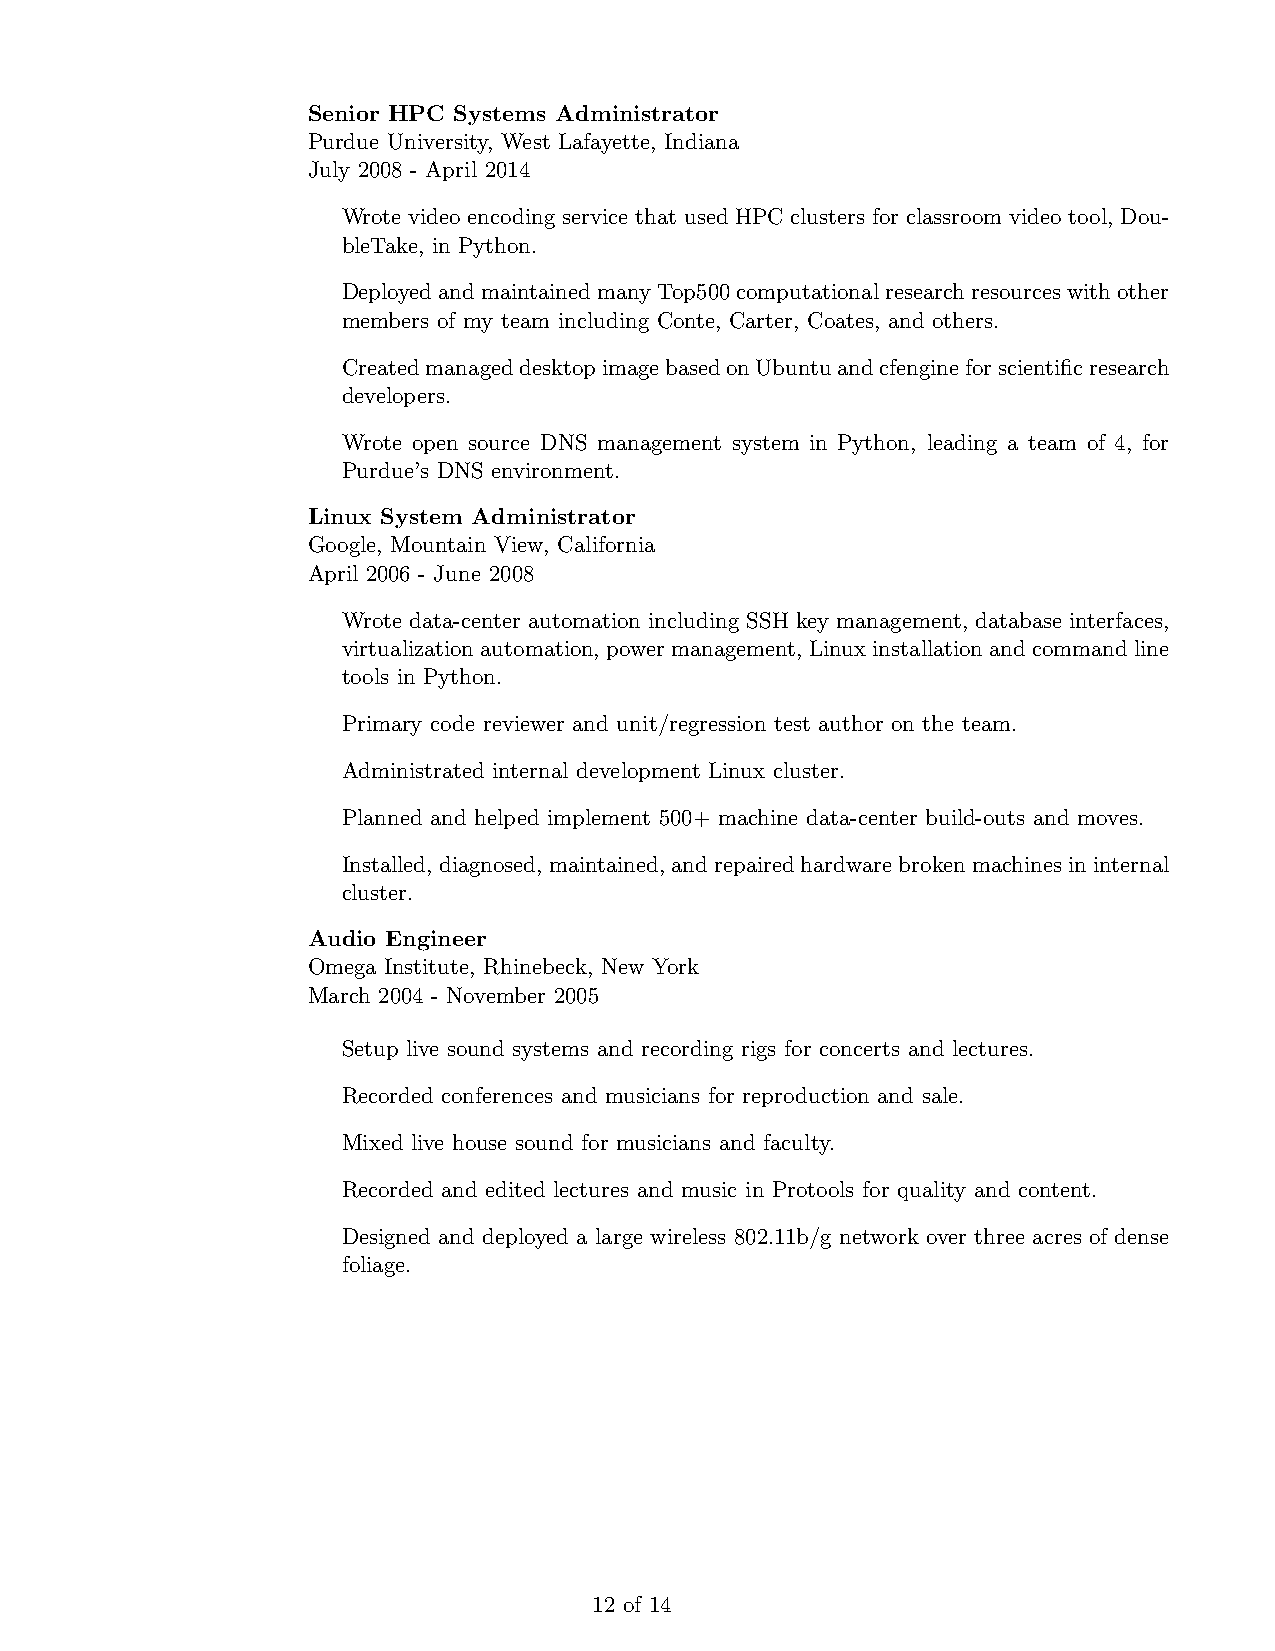
Senior HPC Systems Administrator
 Purdue University, West Lafayette, Indiana
 July 2008 - April 2014
 Wrote video encoding service that used HPC clusters for classroom video tool, Dou-
 bleTake, in Python.
 DeployedandmaintainedmanyTop500computationalresearchresourceswithother
 members of my team including Conte, Carter, Coates, and others.
 CreatedmanageddesktopimagebasedonUbuntuandcfengineforscientificresearch
 developers.
 Wrote open source DNS management system in Python, leading a team of 4, for
 Purdue’s DNS environment.
 Linux System Administrator
 Google, Mountain View, California
 April 2006 - June 2008
 Wrote data-center automation including SSH key management, database interfaces,
 virtualizationautomation, powermanagement, Linuxinstallationandcommandline
 tools in Python.
 Primary code reviewer and unit/regression test author on the team.
 Administrated internal development Linux cluster.
 Planned and helped implement 500+ machine data-center build-outs and moves.
 Installed, diagnosed, maintained, andrepairedhardwarebrokenmachinesininternal
 cluster.
 Audio Engineer
 Omega Institute, Rhinebeck, New York
 March 2004 - November 2005
 Setup live sound systems and recording rigs for concerts and lectures.
 Recorded conferences and musicians for reproduction and sale.
 Mixed live house sound for musicians and faculty.
 Recorded and edited lectures and music in Protools for quality and content.
 Designed and deployed a large wireless 802.11b/g network over three acres of dense
 foliage.
 12 of 14